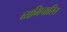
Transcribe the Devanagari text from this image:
व्यभिचारित